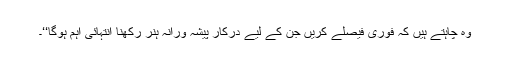
وہ چاہتے ہیں کہ فوری فیصلے کریں جن کے لیے درکار پیشہ ورانہ ہنر رکھنا انتہائی اہم ہوگا‘‘۔